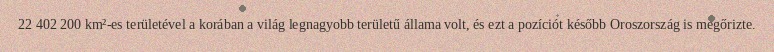
22 402 200 km²-es területével a korában a világ legnagyobb területű állama volt, és ezt a pozíciót később Oroszország is megőrizte.